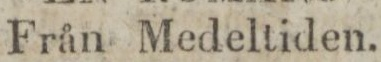
Från Medeltiden.